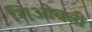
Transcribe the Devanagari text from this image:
गिओवन्नी